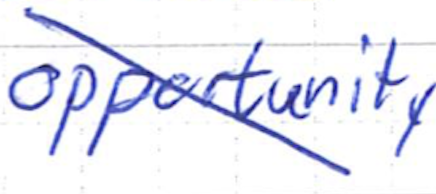
Text: opportunity
Cross-out: diagonal
Writing tool: ballpoint